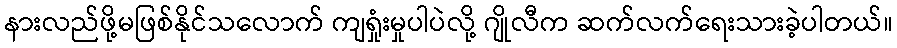
နားလည်ဖို့မဖြစ်နိုင်သလောက် ကျရှုံးမှုပါပဲလို့ ဂျိုလီက ဆက်လက်ရေးသားခဲ့ပါတယ်။